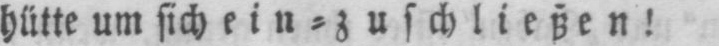
hütte um sich ein⸗zuschließen!